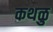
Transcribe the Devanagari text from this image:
कथळु